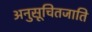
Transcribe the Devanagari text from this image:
अनुसूचितजाति